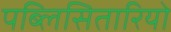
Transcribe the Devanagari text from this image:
पब्लिसितारियो